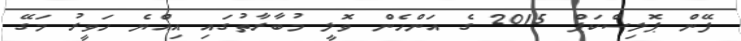
ފޭން ޕޮލިސްކަޕް 2015 ގެ އަންހެން ވޮލީ މުބާރާތުގައި އިއްޔެ ހަވީރު މަގޭ